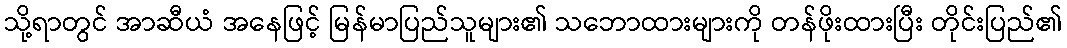
သို့ရာတွင် အာဆီယံ အနေဖြင့် မြန်မာပြည်သူများ၏ သဘောထားများကို တန်ဖိုးထားပြီး တိုင်းပြည်၏